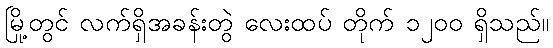
မြို့တွင် လက်ရှိအခန်းတွဲ လေးထပ် တိုက် ၁၂၀၀ ရှိသည်။